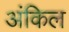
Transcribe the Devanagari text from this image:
अंकिल